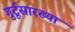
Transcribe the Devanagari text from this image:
गुर्टूसारख्या